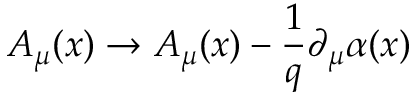
A _ { \mu } ( x ) \rightarrow A _ { \mu } ( x ) - \frac { 1 } { q } \partial _ { \mu } \alpha ( x )